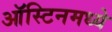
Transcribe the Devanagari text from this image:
ऑस्टिनमध्ये